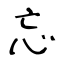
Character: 忘